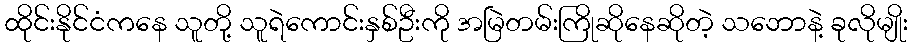
ထိုင်းနိုင်ငံကနေ သူတို့ သူရဲကောင်းနှစ်ဦးကို အမြဲတမ်းကြိုဆိုနေဆိုတဲ့ သဘောနဲ့ ခုလိုမျိုး